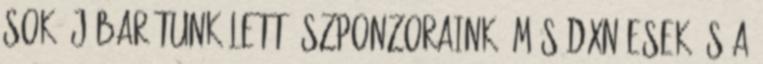
sok új barátunk lett: szponzoraink, más DXN-esek és a